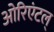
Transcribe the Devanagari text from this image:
ओरिएंटल्